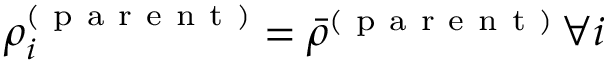
\rho _ { i } ^ { ( \mathrm { ~ p ~ a ~ r ~ e ~ n ~ t ~ } ) } = \bar { \rho } ^ { ( \mathrm { ~ p ~ a ~ r ~ e ~ n ~ t ~ } ) } \, \forall i